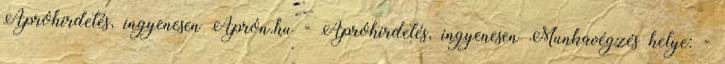
Apróhirdetés, ingyenesen Aprón.hu - Apróhirdetés, ingyenesen Munkavégzés helye: -